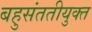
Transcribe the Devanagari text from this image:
बहुसंततीयुक्त